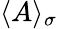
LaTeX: \langle A\rangle_{\sigma}